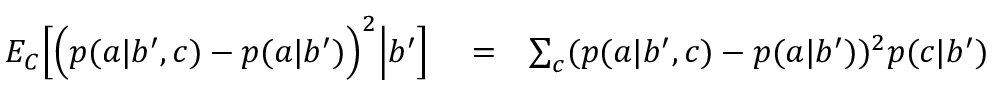
\begin{array} { r l r } { { E } _ { C } \Big [ \Big ( p ( a | b ^ { \prime } , c ) - p ( a | b ^ { \prime } ) \Big ) ^ { 2 } \Big | b ^ { \prime } \Big ] } & { { } = } & { \sum _ { c } ( p ( a | b ^ { \prime } , c ) - p ( a | b ^ { \prime } ) ) ^ { 2 } p ( c | b ^ { \prime } ) } \end{array}